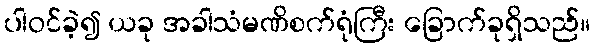
ပါဝင်ခဲ့၍ ယခု အခါသံမဏိစက်ရုံကြီး ခြောက်ခုရှိသည်။